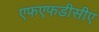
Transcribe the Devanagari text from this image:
एफएफडीसीए